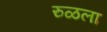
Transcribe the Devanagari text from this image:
रुळला